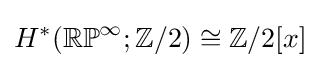
H^{*}(\mathbb {RP} ^{\infty };\mathbb {Z} /2)\cong \mathbb {Z} /2[x]